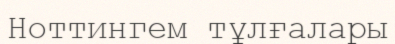
Ноттингем тұлғалары